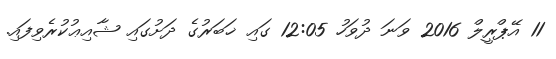
11 އޭޕްރީލް 2016 ވަނަ ދުވަހު 12:05 ގައި ޚަބަރުގެ ދަށުގައި ޝާއިޢުކުރެވިފައި.